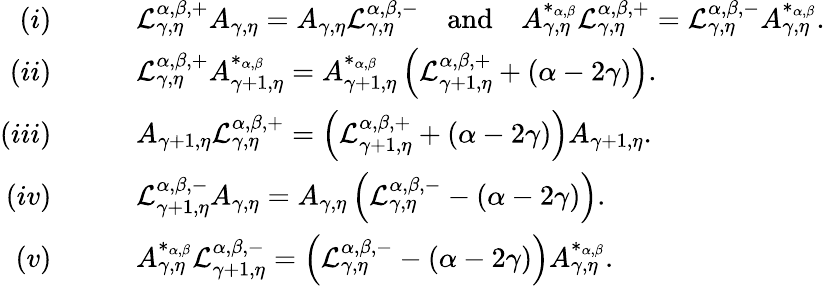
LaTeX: \begin{array}{rl}{(i)}&{\qquad\mathcal{L}_{\gamma,\eta}^{\alpha,\beta,+}A_{\gamma,\eta}=A_{\gamma,\eta}\mathcal{L}_{\gamma,\eta}^{\alpha,\beta,-}\quad\mathrm{and}\quad A_{\gamma,\eta}^{*_{\alpha,\beta}}\mathcal{L}_{\gamma,\eta}^{\alpha,\beta,+}=\mathcal{L}_{\gamma,\eta}^{\alpha,\beta,-}A_{\gamma,\eta}^{*_{\alpha,\beta}}.}\\ {(ii)}&{\qquad\mathcal{L}_{\gamma,\eta}^{\alpha,\beta,+}A_{\gamma+1,\eta}^{*_{\alpha,\beta}}=A_{\gamma+1,\eta}^{*_{\alpha,\beta}}\left(\mathcal{L}_{\gamma+1,\eta}^{\alpha,\beta,+}+(\alpha-2\gamma)\right).}\\ {(iii)}&{\qquad A_{\gamma+1,\eta}\mathcal{L}_{\gamma,\eta}^{\alpha,\beta,+}=\left(\mathcal{L}_{\gamma+1,\eta}^{\alpha,\beta,+}+(\alpha-2\gamma)\right)A_{\gamma+1,\eta}.}\\ {(iv)}&{\qquad\mathcal{L}_{\gamma+1,\eta}^{\alpha,\beta,-}A_{\gamma,\eta}=A_{\gamma,\eta}\left(\mathcal{L}_{\gamma,\eta}^{\alpha,\beta,-}-(\alpha-2\gamma)\right).}\\ {(v)}&{\qquad A_{\gamma,\eta}^{*_{\alpha,\beta}}\mathcal{L}_{\gamma+1,\eta}^{\alpha,\beta,-}=\left(\mathcal{L}_{\gamma,\eta}^{\alpha,\beta,-}-(\alpha-2\gamma)\right)A_{\gamma,\eta}^{*_{\alpha,\beta}}.}\end{array}